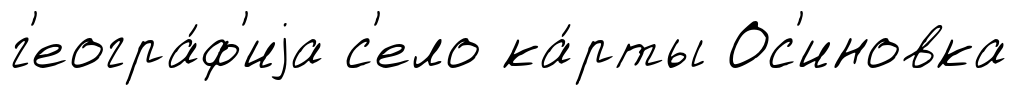
г'еогра́ф'иjа с'ело ка́рты Ос'иновка